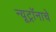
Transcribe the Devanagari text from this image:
न्यूट्रॉनाचे